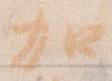
加